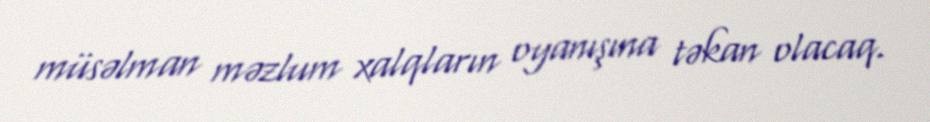
müsəlman məzlum xalqların oyanışına təkan olacaq.